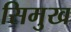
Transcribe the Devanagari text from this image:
सिमुख